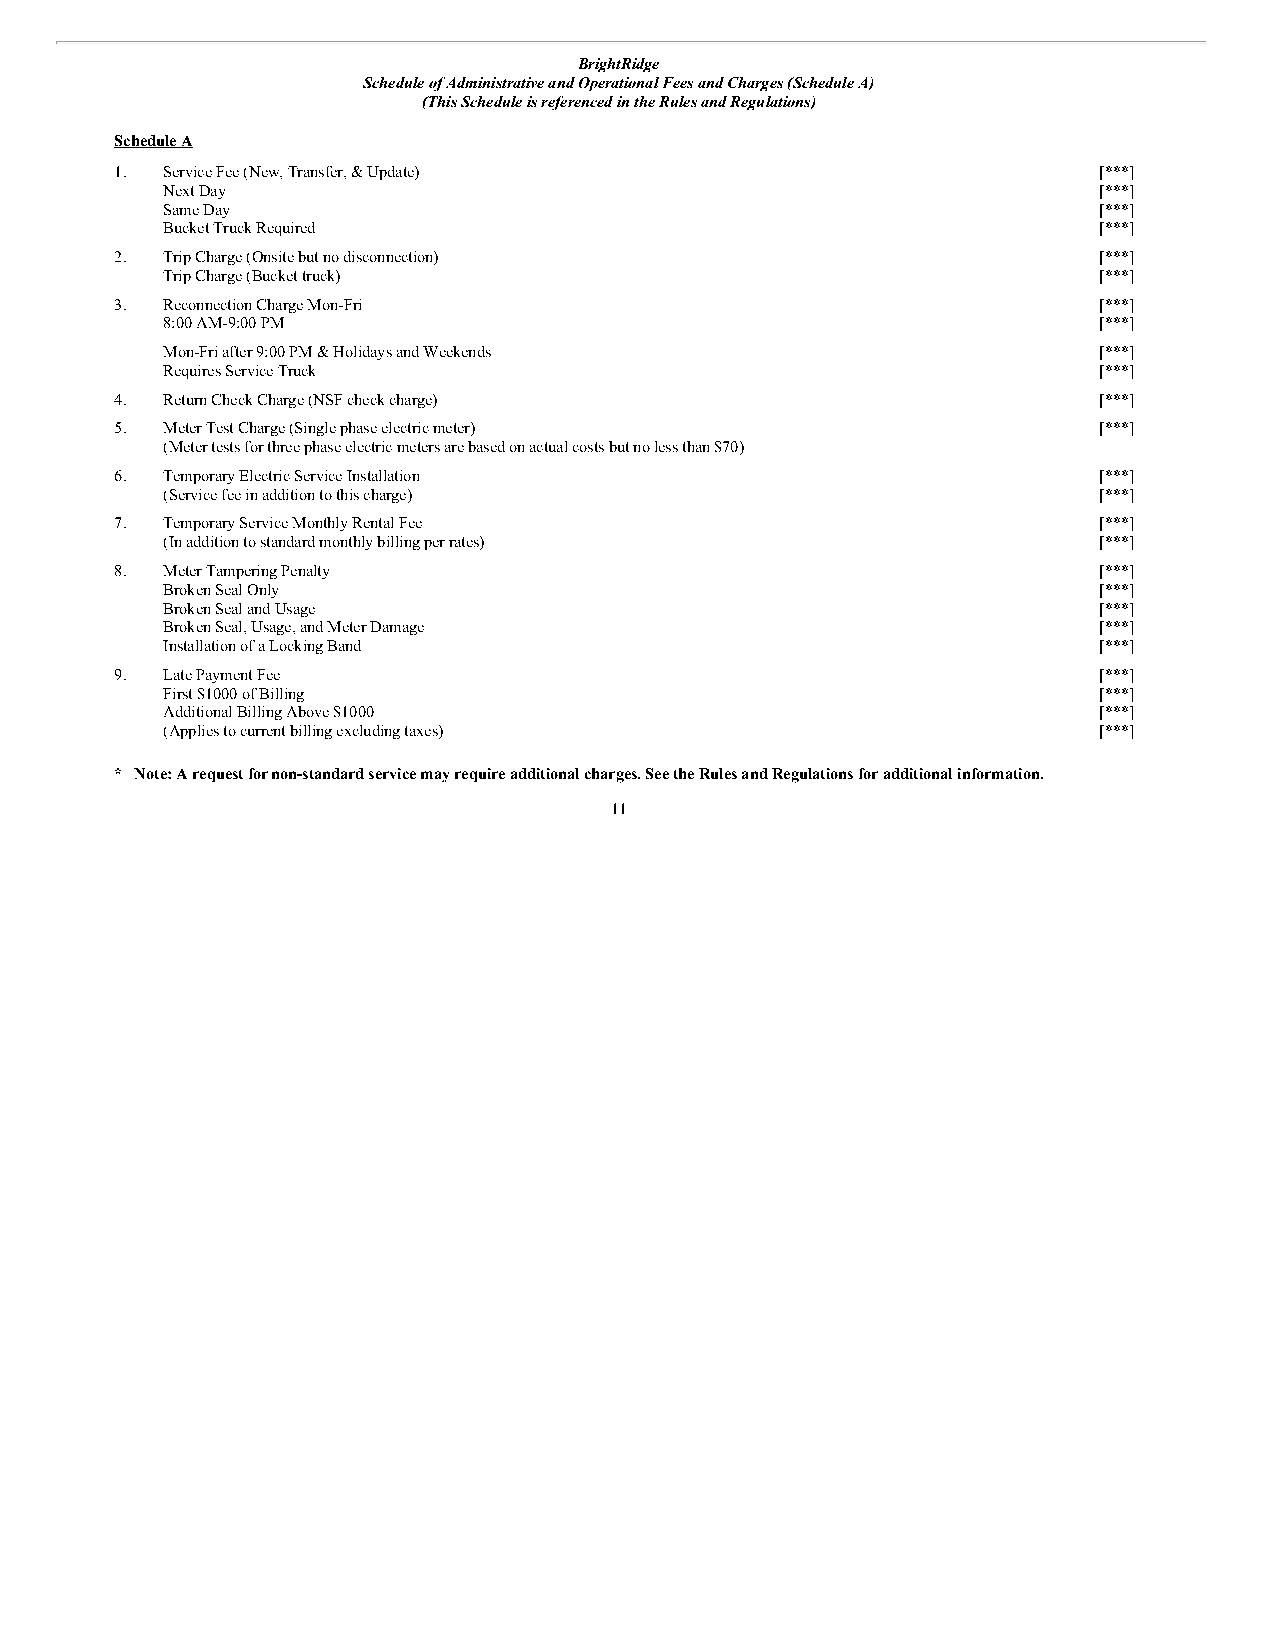
BrightRidge
 Schedule of Administrative and Operational Fees and Charges (Schedule A)
 (This Schedule is referenced in the Rules and Regulations)
 Schedule A
 1. Service Fee (New, Transfer, & Update)                         [***]
 Next Day                                                      [***]
 Same Day                                                      [***]
 Bucket Truck Required                                         [***]
 2. Trip Charge (Onsite but no disconnection)                     [***]
 Trip Charge (Bucket truck)                                    [***]
 3. Reconnection Charge Mon-Fri                                   [***]
 8:00 AM-9:00 PM                                               [***]
 Mon-Fri after 9:00 PM & Holidays and Weekends                 [***]
 Requires Service Truck                                        [***]
 4. Return Check Charge (NSF check charge)                        [***]
 5. Meter Test Charge (Single phase electric meter)               [***]
 (Meter tests for three phase electric meters are based on actual costs but no less than $70)
 6. Temporary Electric Service Installation                       [***]
 (Service fee in addition to this charge)                      [***]
 7. Temporary Service Monthly Rental Fee                          [***]
 (In addition to standard monthly billing per rates)           [***]
 8. Meter Tampering Penalty                                       [***]
 Broken Seal Only                                              [***]
 Broken Seal and Usage                                         [***]
 Broken Seal, Usage, and Meter Damage                          [***]
 Installation of a Locking Band                                [***]
 9. Late Payment Fee                                              [***]
 First $1000 of Billing                                        [***]
 Additional Billing Above $1000                                [***]
 (Applies to current billing excluding taxes)                  [***]
 * Note: A request for non-standard service may require additional charges. See the Rules and Regulations for additional information.
 11